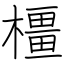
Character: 橿